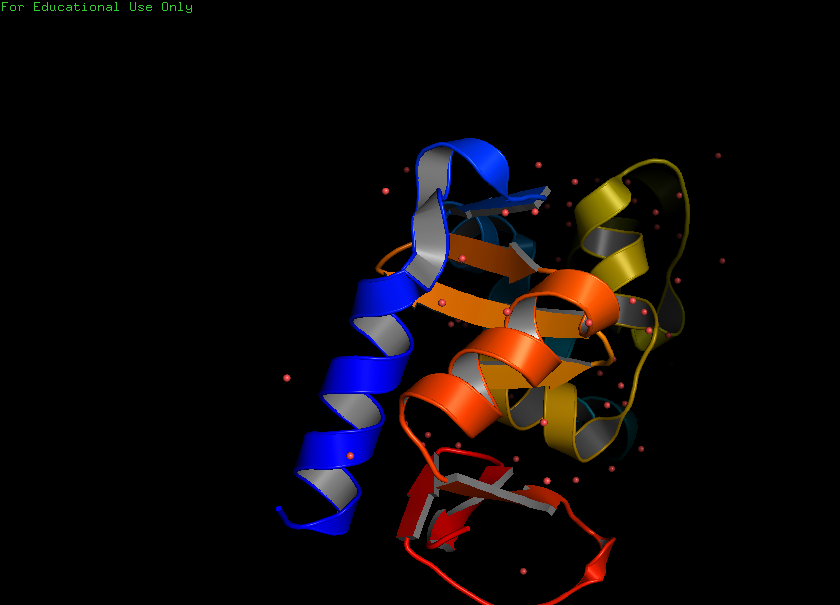
pymol, preset, pub_solv